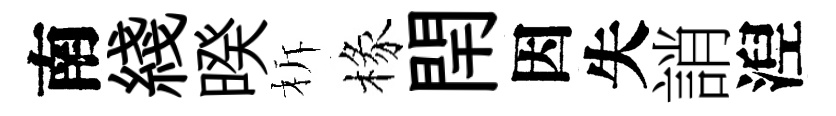
南綫暌柝椽閈因失誚湼